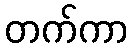
တက်ကာ